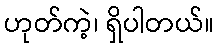
ဟုတ်ကဲ့၊ ရှိပါတယ်။